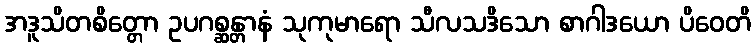
အဒူသိတစိတ္တော ဥပဂစ္ဆန္တာနံ သုကုမာရော သီလသဒိသော စာဂါဒယော ပိဝေတိ